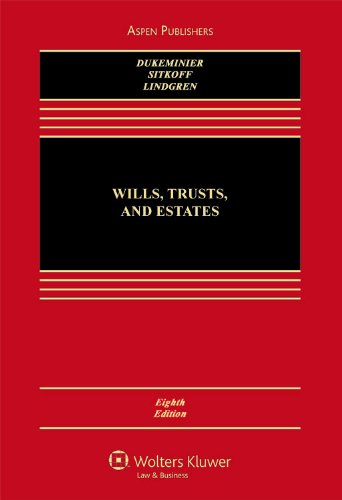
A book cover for Wills, Trusts, and Estates; Jesse Dukeminier; Law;